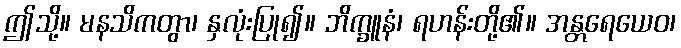
ဤသို့။ မနသိကတွာ၊ နှလုံးပြု၍။ ဘိက္ခူနံ၊ ရဟန်းတို့၏။ အန္တရေယေဝ၊